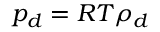
p _ { d } = R T \rho _ { d }